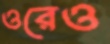
ওরেও